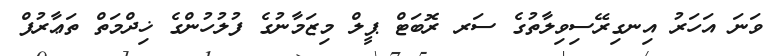
ވަނަ އަހަރު އިނގިރޭސިވިލާތުގެ ސަރ ރޮބަޓް ޕީލް މިޒަމާނުގެ ފުލުހުންގެ ޚިދްމަތް ތަޢާރުފް